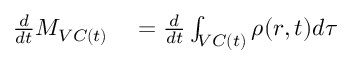
\begin{array} { r l } { \frac { d } { d t } M _ { V C ( t ) } } & { { } = \frac { d } { d t } \int _ { V C ( t ) } \rho ( r , t ) d \tau } \end{array}